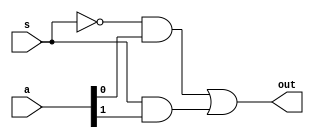
module _2_1_mux(out,a,s);

input [1:0] a;
input s;
output out;

wire snot,andA,andB;

not not1(snot,s);
and add1(andA,snot,a[0]);
and add2(andB,s,a[1]);
or or1(out,andA,andB);

endmodule